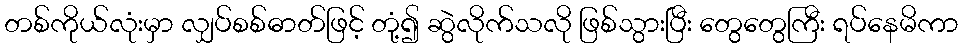
တစ်ကိုယ်လုံးမှာ လျှပ်စစ်ဓာတ်ဖြင့် တုံ့၍ ဆွဲလိုက်သလို ဖြစ်သွားပြီး တွေတွေကြီး ရပ်နေမိကာ